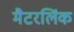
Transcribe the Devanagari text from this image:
मैटरलिंक